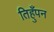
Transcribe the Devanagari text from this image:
तिहुँपन